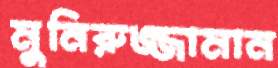
মুনিরুজ্জামান